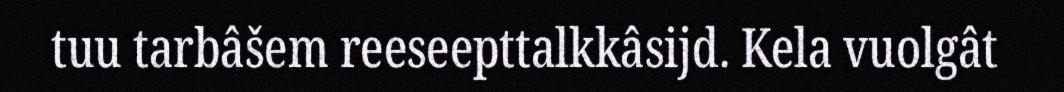
tuu tarbâšem reeseepttalkkâsijd. Kela vuolgât